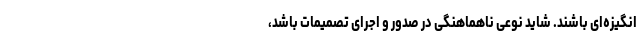
انگیزه‌ای باشند. شاید نوعی ناهماهنگی در صدور و اجرای تصمیمات باشد،